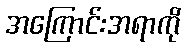
အကြောင်းအရာကို